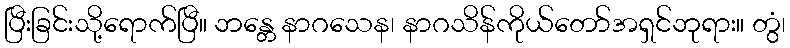
ပြီးခြင်းသို့ရောက်ပြီ။ ဘန္တေ နာဂသေန၊ နာဂသိန်ကိုယ်တော်အရှင်ဘုရား။ တွံ၊